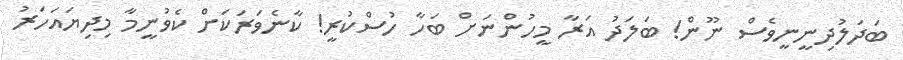
ބަދަލުދިނީނީވެސް ނޫން! ބަލަދު އަރާ މީހުންނަށް ބަހާ ހުސްކުރީ! ކާނެވަރަކަށް ކެވުނީމާ މިދިޔައަހަރު